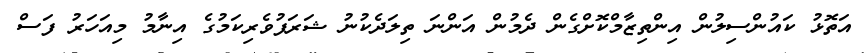
އަތޮޅު ކައުންސިލުން އިންތިޒާމްކޮށްގެން ދެމުން އަންނަ ތިލަދެކުނު ޝަރަފުވެރިކަމުގެ އިނާމު މިއަހަރު ފަސް